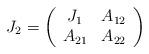
LaTeX: \begin{align*} J_2= \left (\begin{array}{cc} J_1 & A_{12} \\A_{21}& A_{22} \end{array}\right)\end{align*}